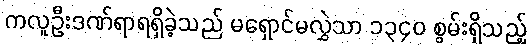
ကလူဦးဒဏ်ရာရရှိခဲ့သည် မရှောင်မလွှဲသာ ၁၃၄၀ စွမ်းရှိသည့်